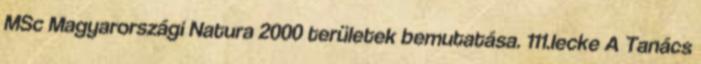
MSc Magyarországi Natura 2000 területek bemutatása. 111.lecke A Tanács